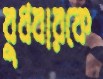
বুধবারকে